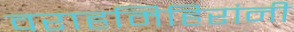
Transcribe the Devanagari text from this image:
वराहमिहिरांनी